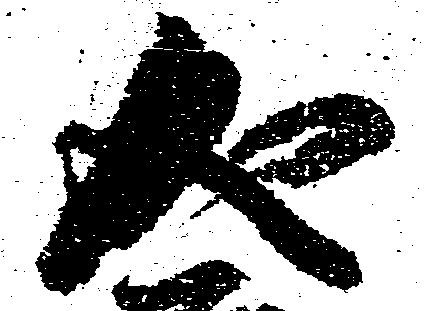
成